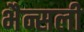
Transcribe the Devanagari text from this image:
भैन्सली